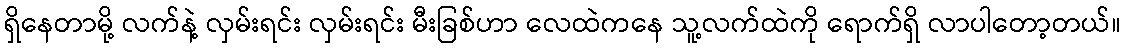
ရှိနေတာမို့ လက်နဲ့ လှမ်းရင်း လှမ်းရင်း မီးခြစ်ဟာ လေထဲကနေ သူ့လက်ထဲကို ရောက်ရှိ လာပါတော့တယ်။